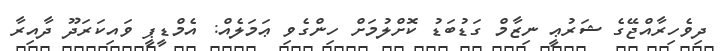
ދިވެހިރާއްޖޭގެ ޝަރުޢީ ނިޒާމް ގަޑުބަޑު ކޮށްލުމަށް ހިންގެވި ޢަމަލެއް: އެމްޑީޕީ ވައިކަރަދޫ ދާއިރާ